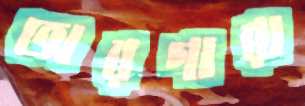
ভারগারা